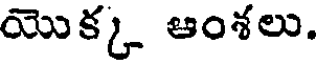
యొక్క ఆంశలు.